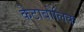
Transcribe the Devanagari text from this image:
केटाबोलिक